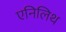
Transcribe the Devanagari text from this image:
एनिलिथ